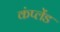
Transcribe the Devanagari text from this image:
कंप्लेंड